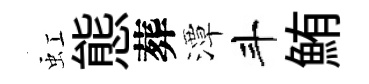
虹態葬潭斗鮪